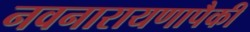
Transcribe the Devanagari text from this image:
नवनारायणापैकी